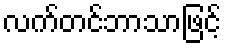
လက်တင်ဘာသာဖြင့်